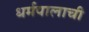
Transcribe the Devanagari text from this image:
धर्मपालाची